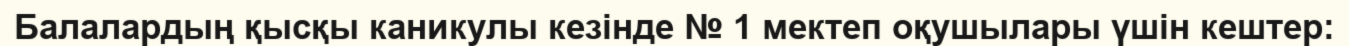
Балалардың қысқы каникулы кезінде № 1 мектеп оқушылары үшін кештер: